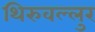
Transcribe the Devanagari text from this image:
थिरुवल्लुर